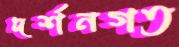
দর্শনগত